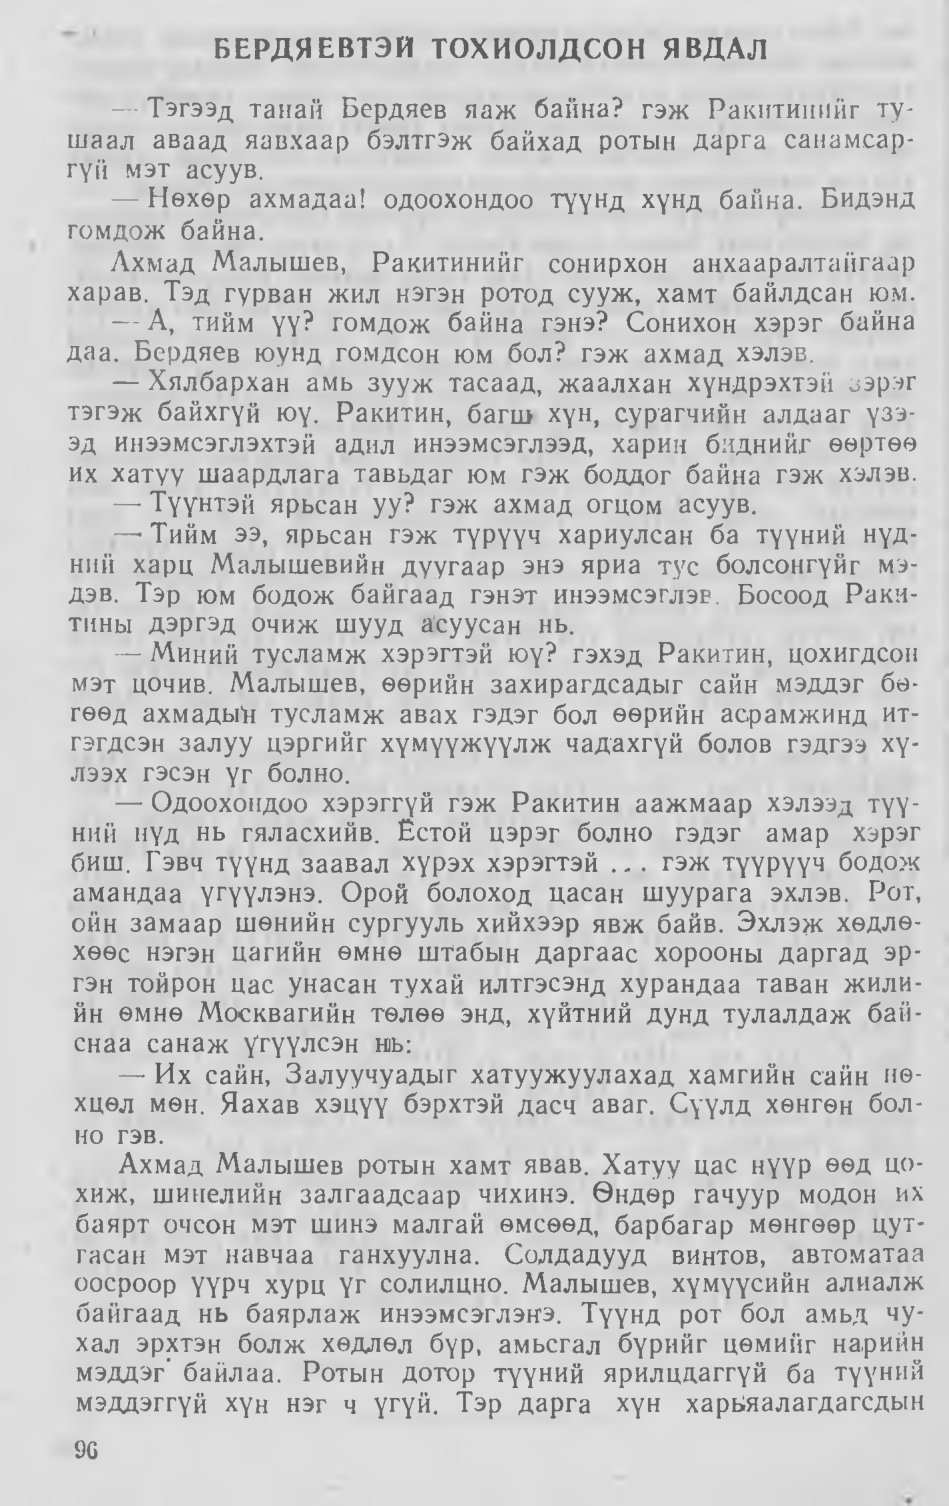
Language: mn